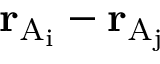
\mathbf { r } _ { \mathrm { { A } _ { i } } } - \mathbf { r } _ { \mathrm { { A } _ { j } } }